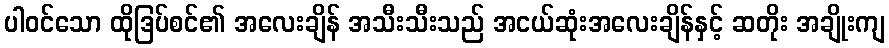
ပါဝင်သော ထိုဒြပ်စင်၏ အလေးချိန် အသီးသီးသည် အငယ်ဆုံးအလေးချိန်နှင့် ဆတိုး အချိုးကျ